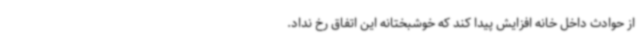
از حوادث داخل خانه افزایش پیدا کند که خوشبختانه این اتفاق رخ نداد.